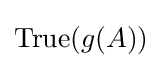
\mathrm {True} (g(A))